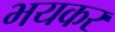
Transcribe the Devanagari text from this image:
भयकर